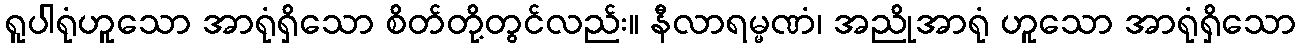
ရူပါရုံဟူသော အာရုံရှိသော စိတ်တို့တွင်လည်း။ နီလာရမ္မဏံ၊ အညိုအာရုံ ဟူသော အာရုံရှိသော